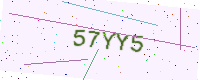
Text: 57YY5